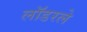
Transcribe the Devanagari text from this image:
लॉडरले